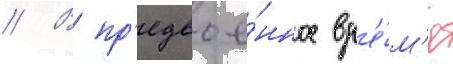
// В пр'едвое́нное вр'е́м'я